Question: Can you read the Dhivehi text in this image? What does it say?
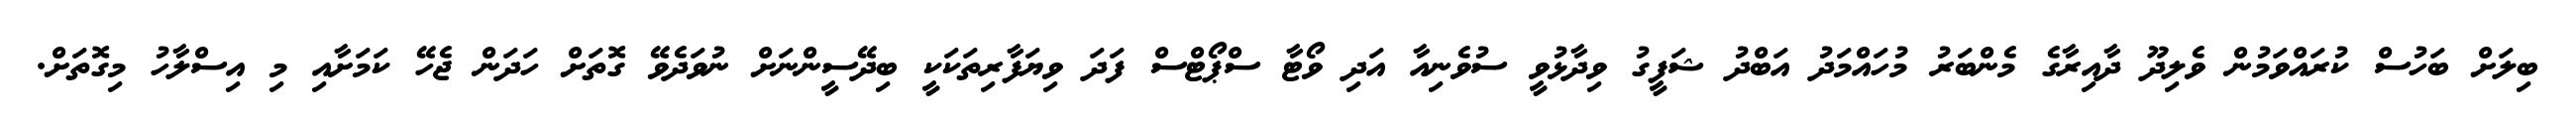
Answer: ބިލަށް ބަހުސް ކުރައްވަމުން ވެލިދޫ ދާއިރާގެ މެންބަރު މުހައްމަދު އަބްދު ޝަފީގު ވިދާޅުވީ ސުވެނިއާ އަދި ވޯޓާ ސްޕޯޓްސް ފަދަ ވިޔަފާރިތަކަކީ ބިދޭސީންނަށް ނުވަދެވޭ ގޮތަށް ހަދަން ޖެހޭ ކަމަށާއި މި އިސްލާހު މިގޮތަށް.